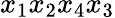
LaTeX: {x_{1}x_{2}x_{4}x_{3}}